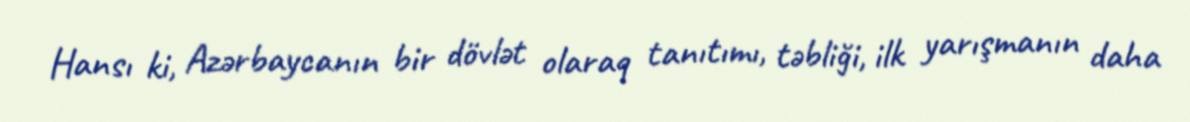
Hansı ki, Azərbaycanın bir dövlət olaraq tanıtımı, təbliği, ilk yarışmanın daha